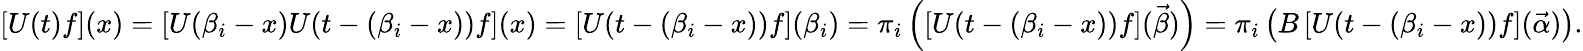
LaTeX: \left[U(t)f\right](x)=\left[U(\beta_{i}-x)U(t-(\beta_{i}-x))f\right](x)=\left[U(t-(\beta_{i}-x))f\right](\beta_{i})=\pi_{i}\left(\left[U(t-(\beta_{i}-x))f\right](\vec{\beta})\right)=\pi_{i}\left(B\left[U(t-(\beta_{i}-x))f\right](\vec{\alpha})\right).